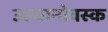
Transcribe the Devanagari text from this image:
उल्यानोवस्क